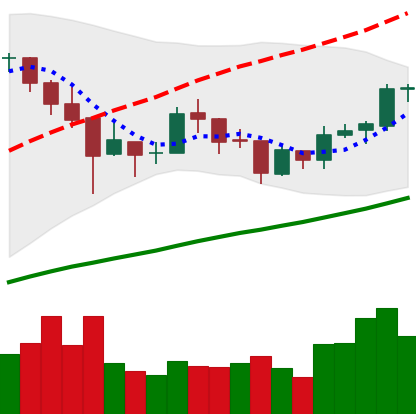
Ticker: BTC-USD
Chart end date: 2018-01-06
Forward return: -23.513%
Label: down_7plus